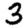
Digit: 3